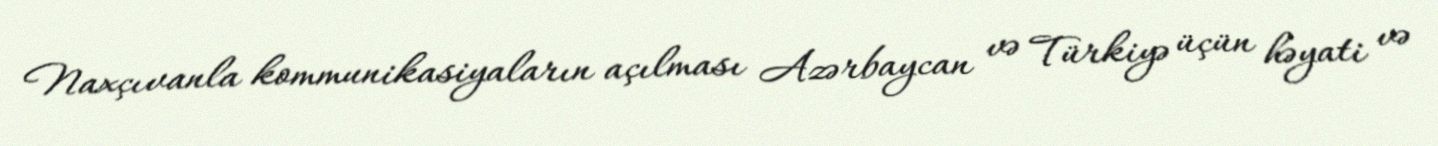
Naxçıvanla kommunikasiyaların açılması Azərbaycan və Türkiyə üçün həyati və